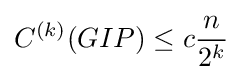
C^{(k)}(GIP)\leq c{n \over 2^{k}}